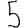
Digit: 5